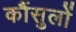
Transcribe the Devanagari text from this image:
कौंसुलों